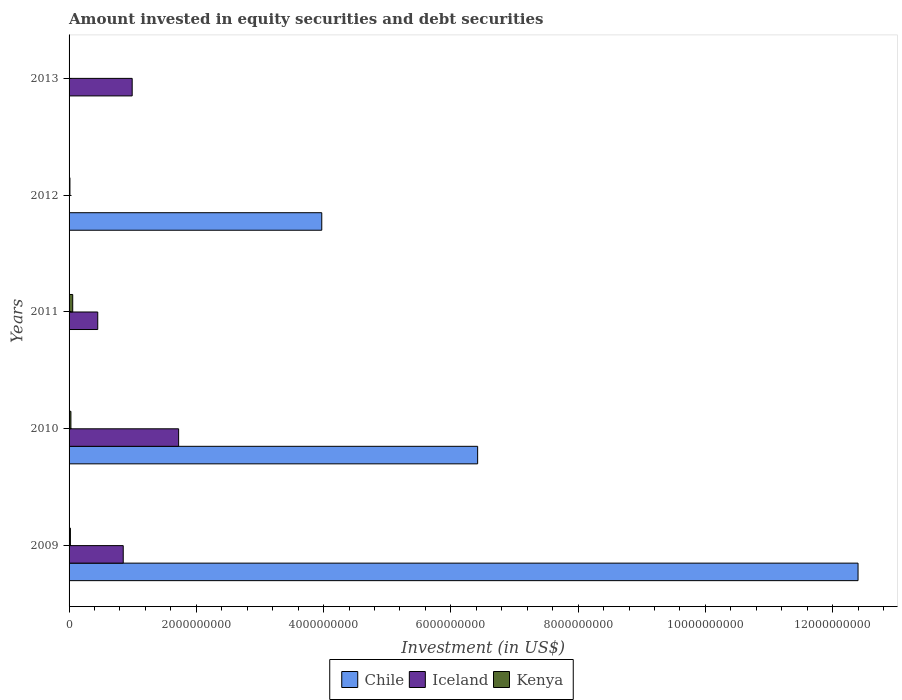
| Years | Chile | Iceland | Kenya |
 | --- | --- | --- | --- |
 | 2009 | 1.24e+10 | 8.51e+08 | 2.09e+07 |
 | 2010 | 6.42e+09 | 1.72e+09 | 2.9e+07 |
 | 2011 | -1.15e+10 | 4.51e+08 | 5.74e+07 |
 | 2012 | 3.97e+09 | -5.66e+08 | 1.36e+07 |
 | 2013 | -5.01e+09 | 9.92e+08 | -2.34e+08 |